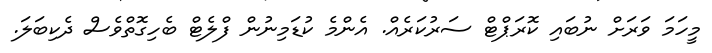
މީހަމަ ވަރަށް ނުބައި ކޮރަޕްޓް ސަރުކަރެއް. އެންމެ ކުޑަމިނުން ފްލެޓް ބެހިގޮތްވެސް ދެކިބަލަ.